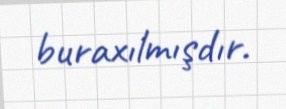
buraxılmışdır.